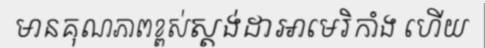
មានគុណភាពខ្ពស់ស្តង់ដាអាមេរិកាំង ហើយ